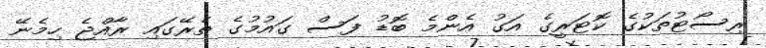
ރިސޯޓުތަކުގެ ކޮޓަރީގެ އަގު އެންމެ ބޮޑު ފަސް ގައުމުގެ ތެރޭގައި ރާއްޖެ ހިމެނޭ